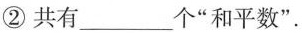
② 共有___个“和平数”.